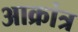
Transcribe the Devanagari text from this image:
आक्रांत्र